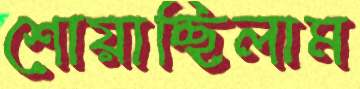
শোয়াচ্ছিলাম